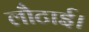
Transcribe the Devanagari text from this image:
लौटाई।